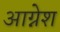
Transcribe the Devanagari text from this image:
आग्नेश